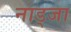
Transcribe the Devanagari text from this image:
नाड्जा